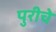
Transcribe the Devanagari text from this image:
पुरीचे